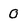
Character: 0